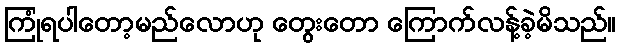
ကြုံရပါတော့မည်လောဟု တွေးတော ကြောက်လန့်ခဲ့မိသည်။